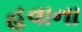
હવાના